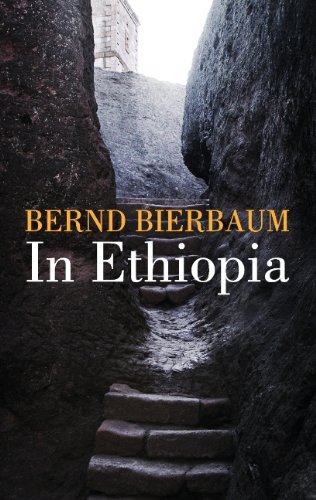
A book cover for In Ethiopia; Bernd Bierbaum; Travel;